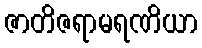
ဇာတိဇရာမရဏိယာ